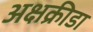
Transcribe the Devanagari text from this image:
अक्षक्रीडा